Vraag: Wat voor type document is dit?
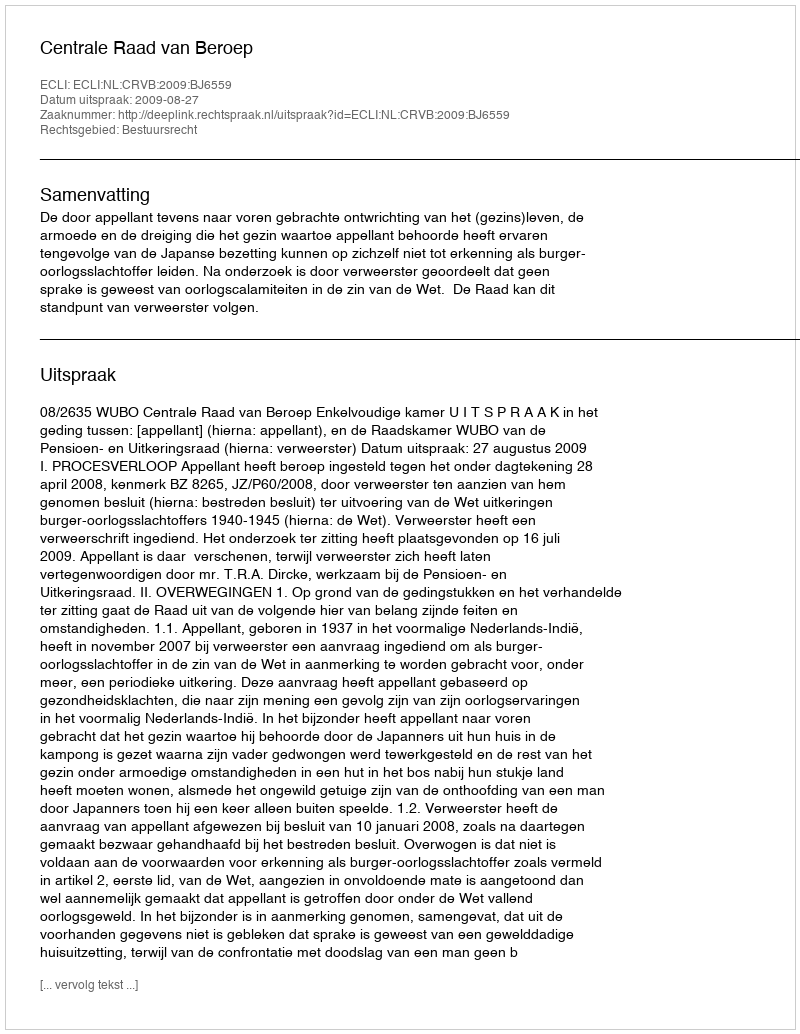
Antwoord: Uitspraak